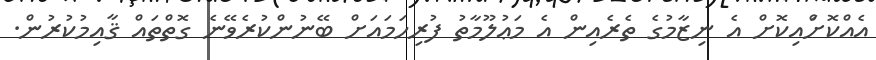
އެއްކޮށްައިކޮށް އެ ނިޒާމުގެ ތެރެއިން އެ މަޢުލޫމާތު ފުރިހަމައަށް ބޭނުންކުރެވޭނެ ގޮތްތައް ޤާއިމުކުރުން.